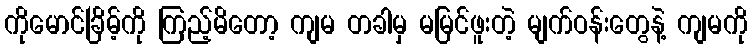
ကိုမောင်ခြိမ့်ကို ကြည့်မိတော့ ကျမ တခါမှ မမြင်ဖူးတဲ့ မျက်ဝန်းတွေနဲ့ ကျမကို